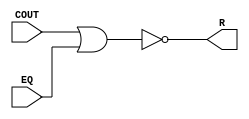
module ComparatorLTUnsigned (
  input wire COUT, EQ, // Entradas COUT e igualdade
  output wire R // Sada
);

  assign R = ~(COUT | EQ); // Expresso lgica derivada de tabela verdade
  
endmodule